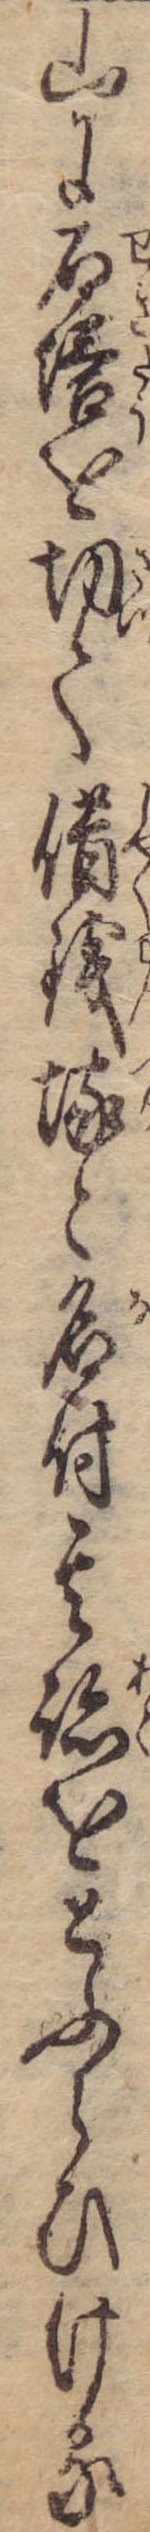
山に石塔を切て借銭塚と名付其跡をとふらひける